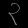
Digit: ၃